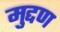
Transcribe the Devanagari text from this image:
मुद्दण